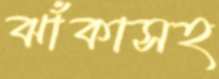
ঝাঁকাসহ